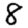
Digit: 8